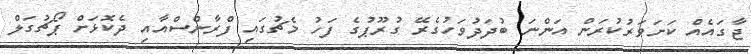
ޖާގައެއް ކަށަވަރުކުރަން އަންނަ ބުދަދުވަހުގެރޭ ގުރޫޕުގެ ފަހު މެޗުގައި ފްރާންސްއާއި ދެކޮޅަށް ޕޯޗުގަލް